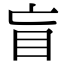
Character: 盲